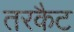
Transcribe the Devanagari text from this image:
तरकैट